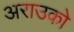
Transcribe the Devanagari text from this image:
अराउको